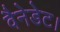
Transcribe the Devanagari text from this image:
वैनेडेट।